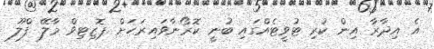
އެ އިދާރާ އިން ކުރި ޓުވީޓެއްގައި ބުނީ ކޮރޯނާވައިރަހަށް ޕޮޒިޓިވް މާލޭ ފްލޫ